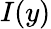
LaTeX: I(y)